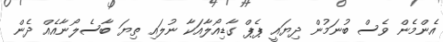
އެންމެން ވެސް ބުނަމުން ދިޔައީ ޕެޕް ގާޑިއޯލާއަކާ ނުލައި ތިޔަ ބާސެލޯނާއެއް ދެން